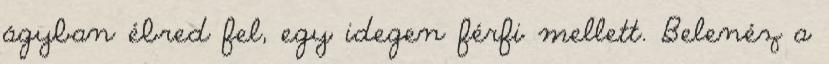
ágyban ébred fel, egy idegen férfi mellett. Belenéz a